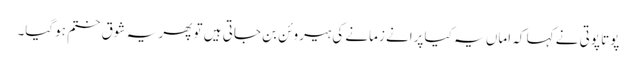
پوتا پوتی نے کہا کہ اماں یہ کیا پرانے زمانے کی ہیروئن بن جاتی ہیں تو پھر یہ شوق ختم ہوگیا۔